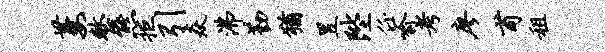
萋整熊拒引焱沸勤犹昱陛任喻考廖甫租